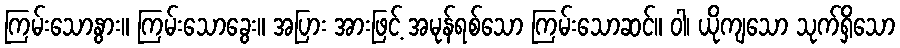
ကြမ်းသောနွား။ ကြမ်းသောခွေး။ အပြား အားဖြင့် အမုန်ရစ်သော ကြမ်းသောဆင်။ ဝါ၊ ယိုကျသော သုက်ရှိသော